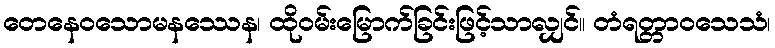
တေနေဝသောမနဿေန၊ ထိုဝမ်းမြောက်ခြင်းဖြင့်သာလျှင်။ တံရတ္တာဝသေသံ၊